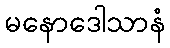
မနောဒေါသာနံ